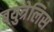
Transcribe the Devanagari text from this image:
बयुत्रेलिस